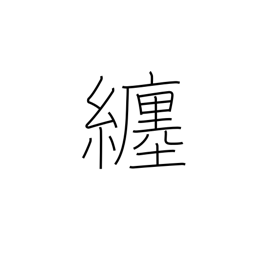
Meaning: follow around